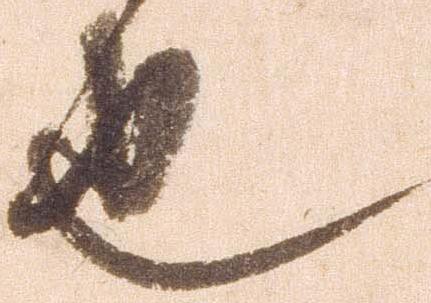
也